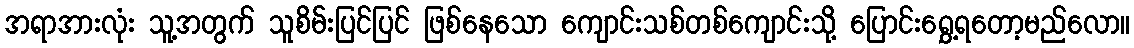
အရာအားလုံး သူ့အတွက် သူစိမ်းပြင်ပြင် ဖြစ်နေသော ကျောင်းသစ်တစ်ကျောင်းသို့ ပြောင်းရွှေ့ရတော့မည်လော။